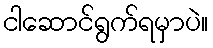
ငါဆောင်ရွက်ရမှာပဲ။